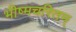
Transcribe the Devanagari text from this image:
भीष्मचरितम्